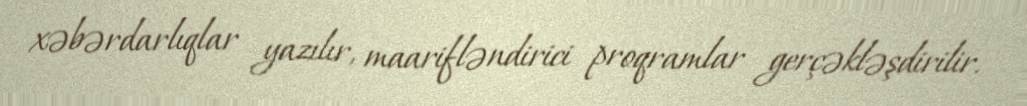
xəbərdarlıqlar yazılır, maarifləndirici proqramlar gerçəkləşdirilir.